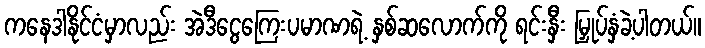
ကနေဒါနိုင်ငံမှာလည်း အဲဒီငွေကြေးပမာဏရဲ့ နှစ်ဆလောက်ကို ရင်းနှီး မြှုပ်နှံခဲ့ပါတယ်။